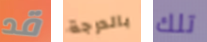
قد بالدرجة تلك